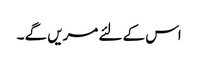
اس کے لئے مریں گے ۔